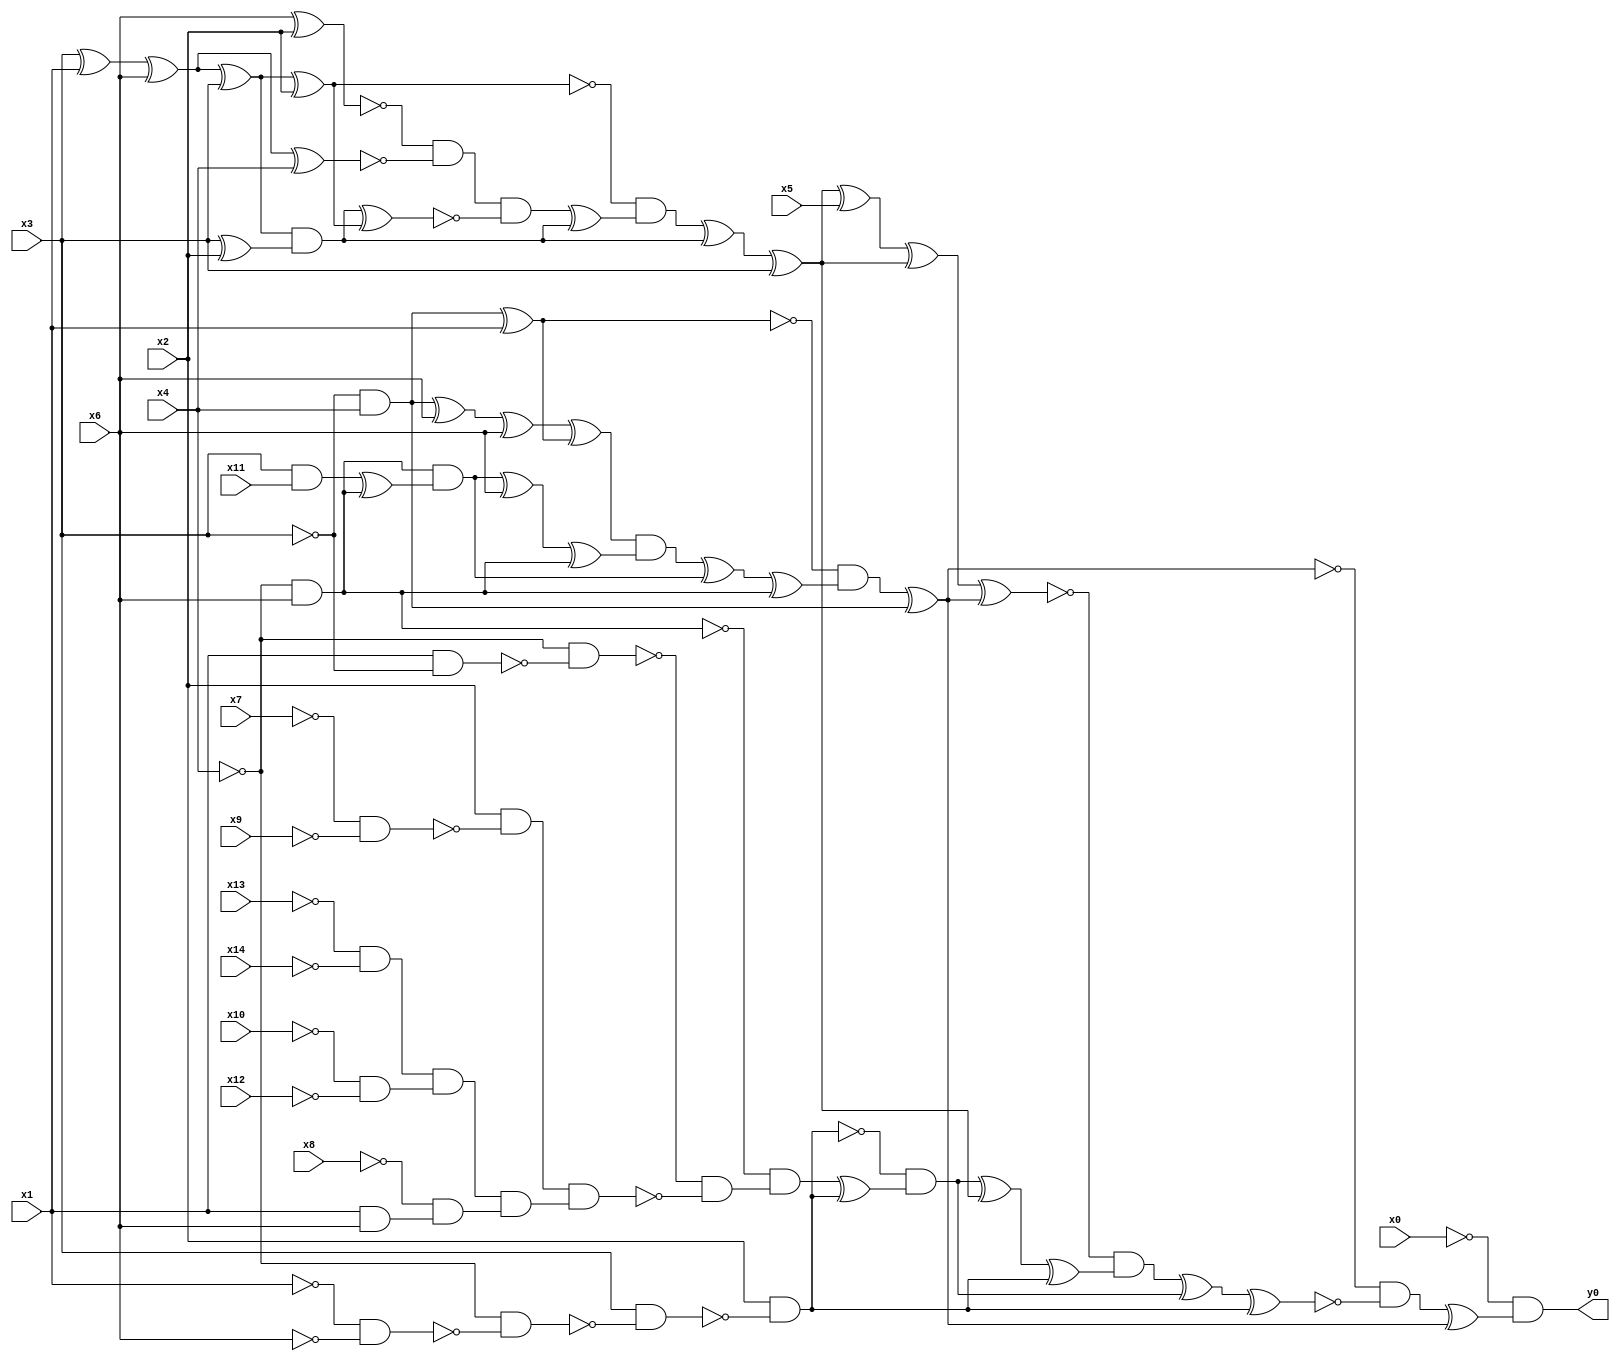
module top( x0 , x1 , x2 , x3 , x4 , x5 , x6 , x7 , x8 , x9 , x10 , x11 , x12 , x13 , x14 , y0 );
  input x0 , x1 , x2 , x3 , x4 , x5 , x6 , x7 , x8 , x9 , x10 , x11 , x12 , x13 , x14 ;
  output y0 ;
  wire n16 , n17 , n18 , n19 , n20 , n21 , n22 , n23 , n24 , n25 , n26 , n27 , n28 , n29 , n30 , n31 , n32 , n33 , n34 , n35 , n36 , n37 , n38 , n39 , n40 , n41 , n42 , n43 , n44 , n45 , n46 , n47 , n48 , n49 , n50 , n51 , n52 , n53 , n54 , n55 , n56 , n57 , n58 , n59 , n60 , n61 , n62 , n63 , n64 , n65 , n66 , n67 , n68 , n69 , n70 , n71 , n72 , n73 , n74 , n75 , n76 ;
  assign n16 = ~x3 & x4 ;
  assign n17 = n16 ^ x1 ;
  assign n18 = n16 ^ x6 ;
  assign n19 = n18 ^ x6 ;
  assign n20 = n19 ^ n17 ;
  assign n21 = ~x4 & x6 ;
  assign n22 = x3 & x11 ;
  assign n23 = n22 ^ n21 ;
  assign n24 = n21 & n23 ;
  assign n25 = n24 ^ x6 ;
  assign n26 = n25 ^ n21 ;
  assign n27 = n20 & n26 ;
  assign n28 = n27 ^ n24 ;
  assign n29 = n28 ^ n21 ;
  assign n30 = ~n17 & n29 ;
  assign n31 = n30 ^ n16 ;
  assign n32 = x3 ^ x1 ;
  assign n33 = n32 ^ x6 ;
  assign n34 = n33 ^ x3 ;
  assign n35 = n34 ^ x2 ;
  assign n36 = x6 ^ x2 ;
  assign n37 = n33 ^ x4 ;
  assign n38 = ~n36 & ~n37 ;
  assign n39 = x3 ^ x2 ;
  assign n40 = n34 & n39 ;
  assign n41 = n40 ^ n35 ;
  assign n42 = n38 & ~n41 ;
  assign n43 = n42 ^ n40 ;
  assign n44 = ~n35 & n43 ;
  assign n45 = n44 ^ n40 ;
  assign n46 = n45 ^ x3 ;
  assign n47 = n46 ^ x5 ;
  assign n48 = n47 ^ n46 ;
  assign n49 = n48 ^ n31 ;
  assign n50 = ~x1 & ~x6 ;
  assign n51 = ~x4 & ~n50 ;
  assign n52 = x3 & ~n51 ;
  assign n53 = x2 & ~n52 ;
  assign n54 = x1 & ~x3 ;
  assign n55 = ~x4 & ~n54 ;
  assign n56 = ~x7 & ~x9 ;
  assign n57 = x2 & ~n56 ;
  assign n58 = ~x13 & ~x14 ;
  assign n59 = ~x10 & ~x12 ;
  assign n60 = n58 & n59 ;
  assign n61 = x1 & x6 ;
  assign n62 = ~x8 & n61 ;
  assign n63 = n60 & n62 ;
  assign n64 = n57 & n63 ;
  assign n65 = ~n55 & ~n64 ;
  assign n66 = ~n21 & n65 ;
  assign n67 = n66 ^ n53 ;
  assign n68 = ~n53 & n67 ;
  assign n69 = n68 ^ n46 ;
  assign n70 = n69 ^ n53 ;
  assign n71 = ~n49 & n70 ;
  assign n72 = n71 ^ n68 ;
  assign n73 = n72 ^ n53 ;
  assign n74 = ~n31 & ~n73 ;
  assign n75 = n74 ^ n31 ;
  assign n76 = ~x0 & n75 ;
  assign y0 = n76 ;
endmodule